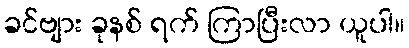
ခင်ဗျား ခုနစ် ရက် ကြာပြီးလာ ယူပါ။